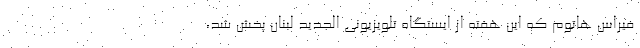
فیراس هاتوم که این هفته از ایستگاه تلویزیونی الجدید لبنان پخش شد،